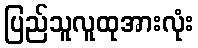
ပြည်သူလူထုအားလုံး